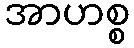
အာဟစ္စ